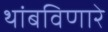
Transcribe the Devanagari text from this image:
थांबविणारे